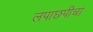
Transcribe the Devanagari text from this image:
लपाछपीचा